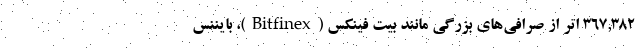
۳۶۷,۳۸۲ اتر از صرافی‌های بزرگی مانند بیت فینکس (Bitfinex)، بایننس